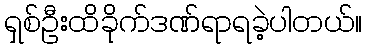
ရှစ်ဦးထိခိုက်ဒဏ်ရာရခဲ့ပါတယ်။